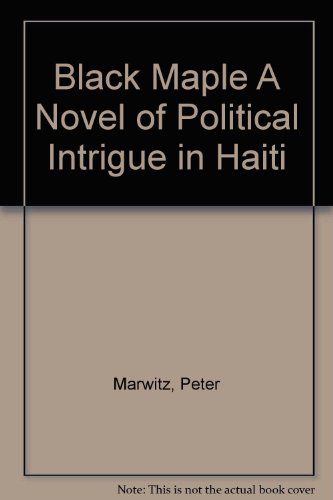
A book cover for Black Maple A Novel of Political Intrigue in Haiti; Peter Marwitz; Travel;